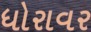
ધોરાવર